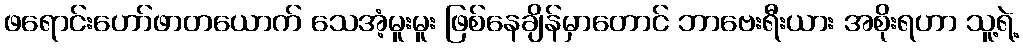
ဖရောင်းဟော်ဖာတယောက် သေအံ့မူးမူး ဖြစ်နေချိန်မှာတောင် ဘာဗေးရီးယား အစိုးရဟာ သူ့ရဲ့